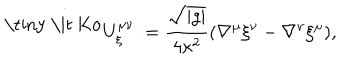
\ ^ { \mathrm { \tiny ~ \it ~ K o } } U _ { \xi } ^ { \mu \nu } : = \frac { \sqrt { \left| g \right| } } { 4 \kappa ^ { 2 } } ( \nabla ^ { \mu } \xi ^ { \nu } - \nabla ^ { \nu } \xi ^ { \mu } ) ,